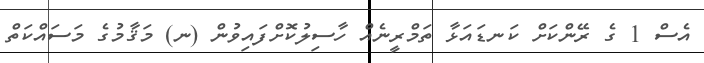
އެސް 1 ގެ ރޭންކަށް ކަނޑައަޅާ ތަމްރީނެއް ހާސިލުކޮށްފައިވުން (ނ) މަޤާމުގެ މަސައްކަތް